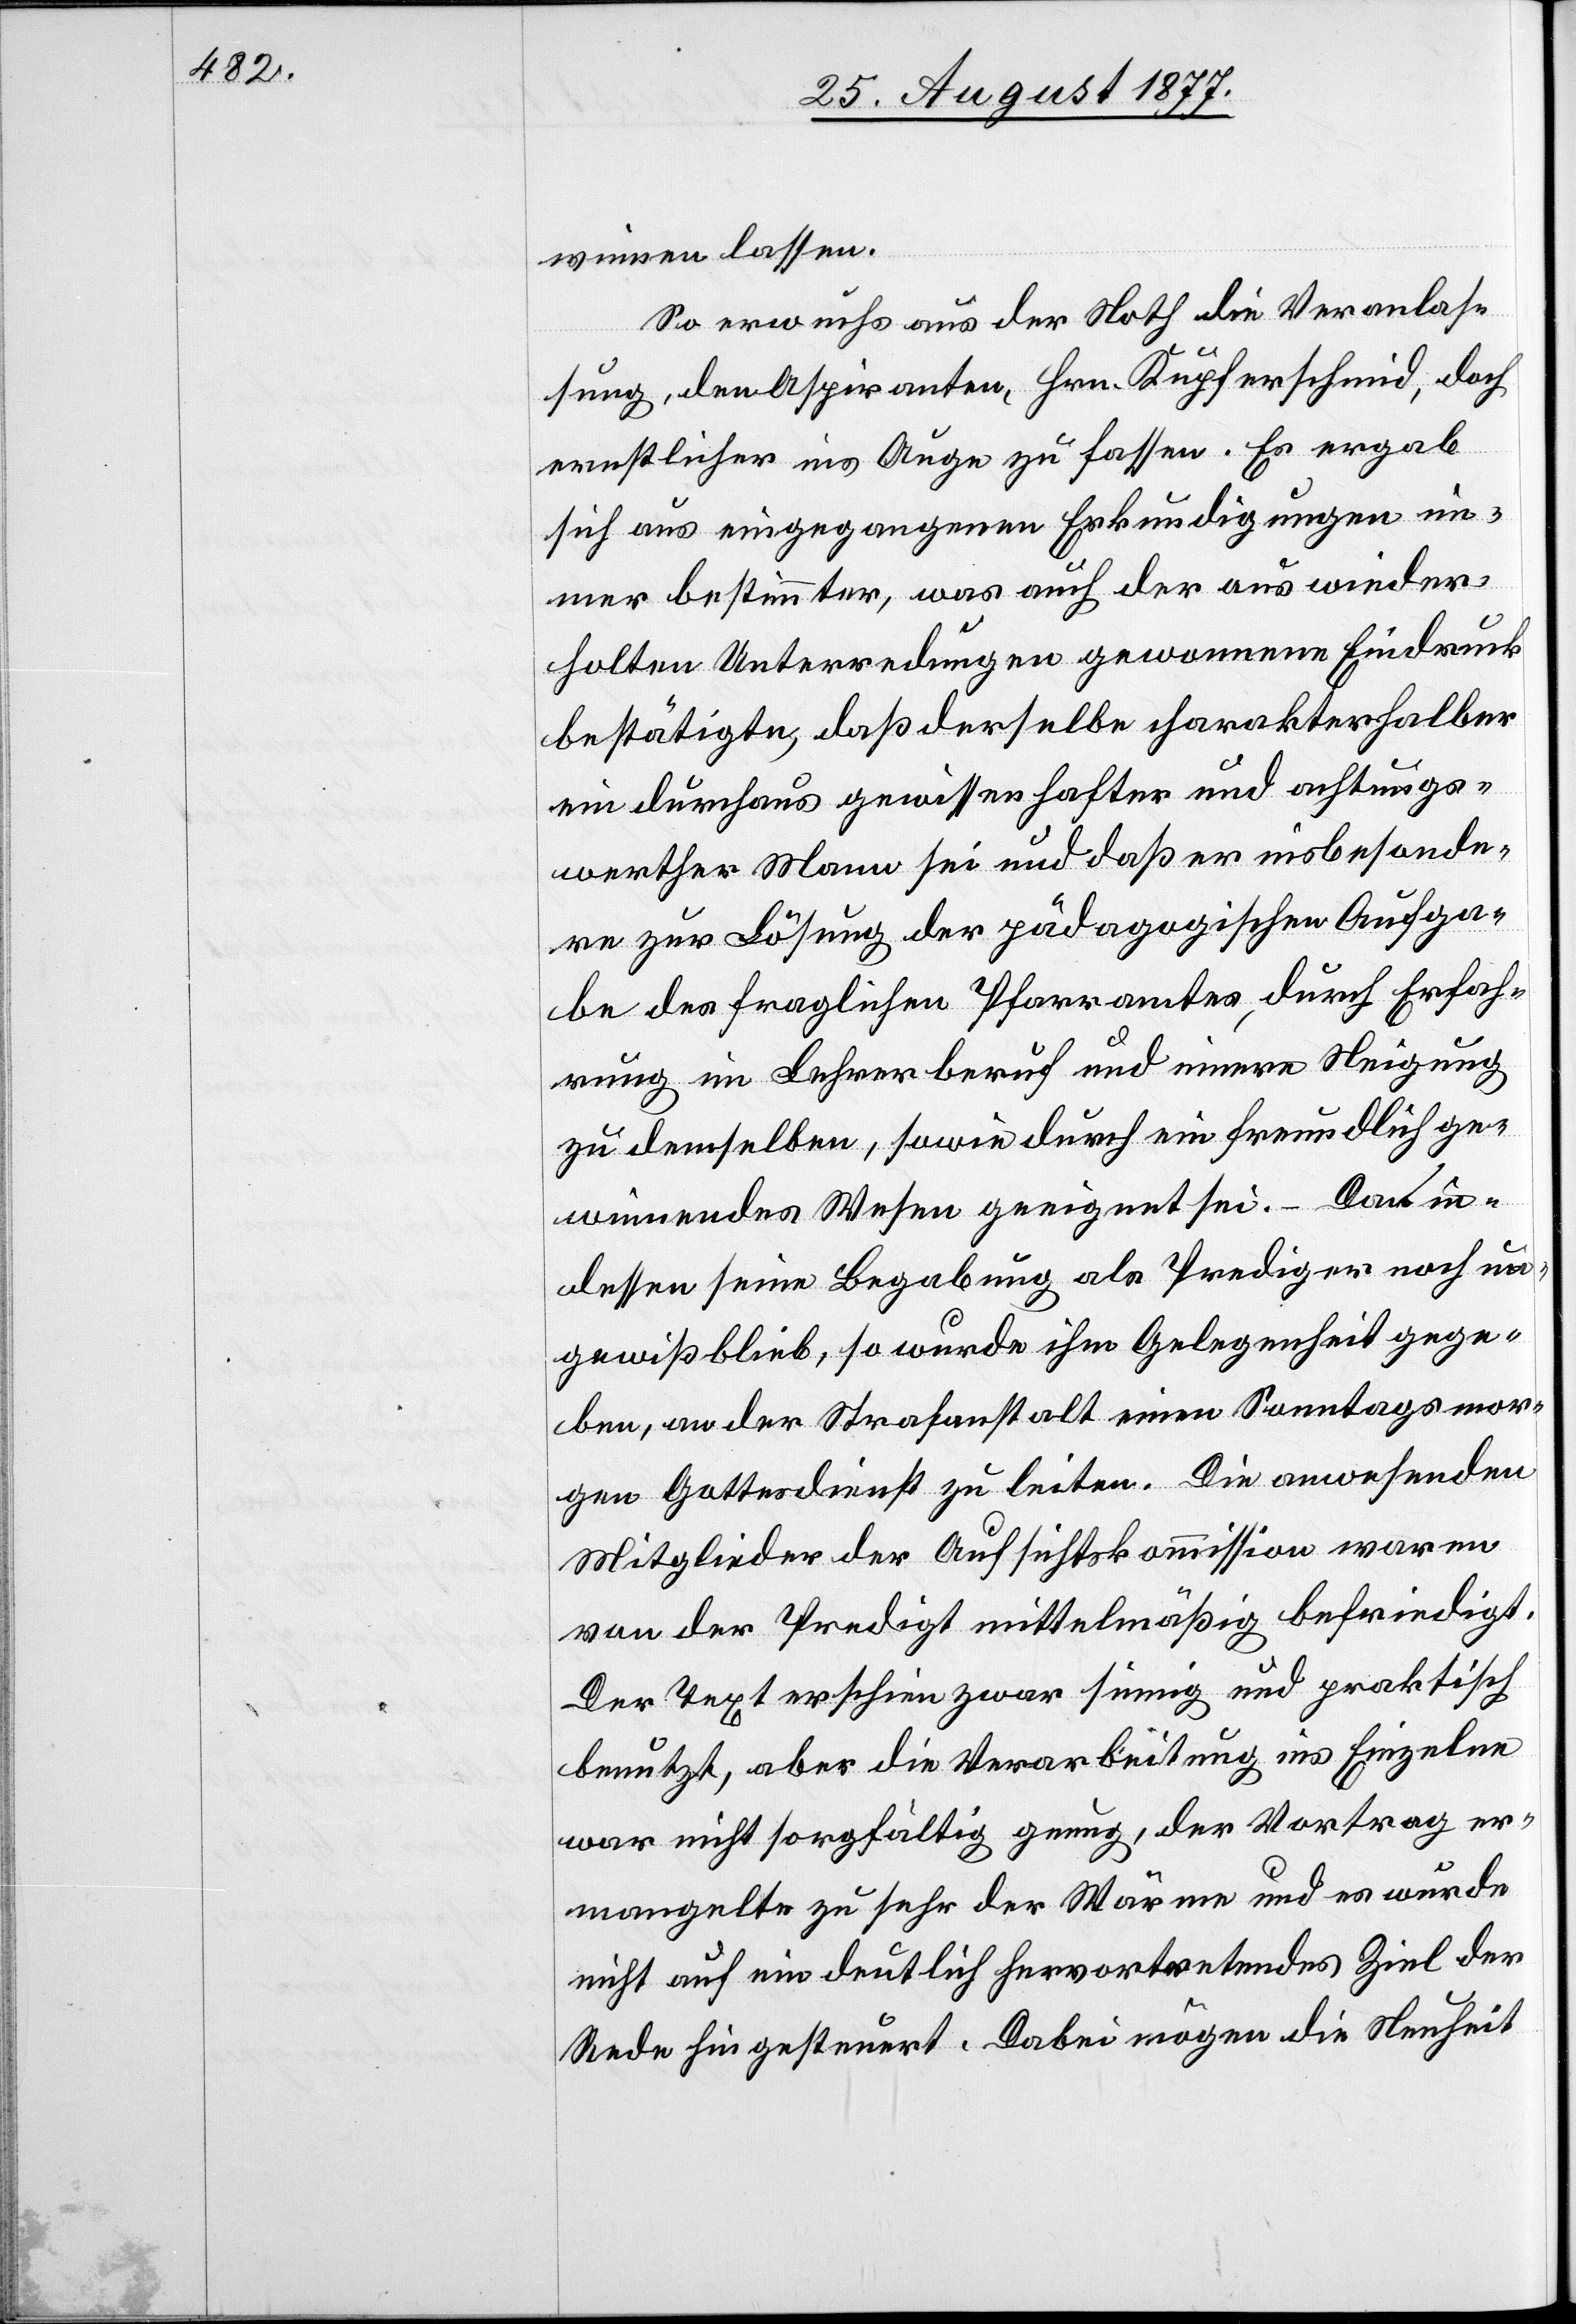
winnen lassen.
So erwuchs aus der Noth die Veranlas¬
sung, den Aspiranten, Hrn. Kupferschmid, doch
ernstlicher ins Auge zu fassen. Es ergab
sich aus eingegangenen Erkundigungen im¬
mer bestimmter, was auch der aus wieder¬
holten Unterredungen gewonnene Eindruck
bestätigte, daß derselbe charakterhalber
ein durchaus gewissenhafter und achtungs¬
werther Mann sei und daß er insbesonde¬
re zur Lösung der pädagogischen Aufga¬
be des fraglichen Pfarramtes, durch Erfah¬
rung im Lehrerberuf und innere Neigung
zu demselben, sowie durch ein freundlich ge¬
winnendes Wesen geeignet sei. – Da in¬
dessen seine Begabung als Prediger noch un¬
gewiß blieb, so wurde ihm Gelegenheit gege¬
ben, an der Strafanstalt einen Sonntagsmor¬
gen Gottesdienst zu leiten. Die anwesenden
Mitglieder der Aufsichtskommission waren
von der Predigt mittelmäßig befriedigt.
Der Text erschien zwar sinnig und praktisch
benutzt, aber die Verarbeitung ins Einzelne
war nicht sorgfältig genug, der Vortrag er¬
mangelte zu sehr der Wärme und es wurde
nicht auf ein deutlich hervortretendes Ziel der
Rede hin gesteuert. Dabei mögen die Neuheit